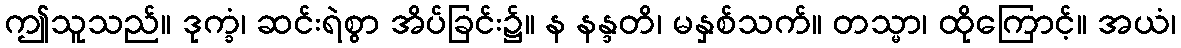
ဤသူသည်။ ဒုက္ခံ၊ ဆင်းရဲစွာ အိပ်ခြင်း၌။ န နန္ဒတိ၊ မနှစ်သက်။ တသ္မာ၊ ထိုကြောင့်။ အယံ၊